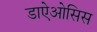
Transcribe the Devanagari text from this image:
डाऐओसिस